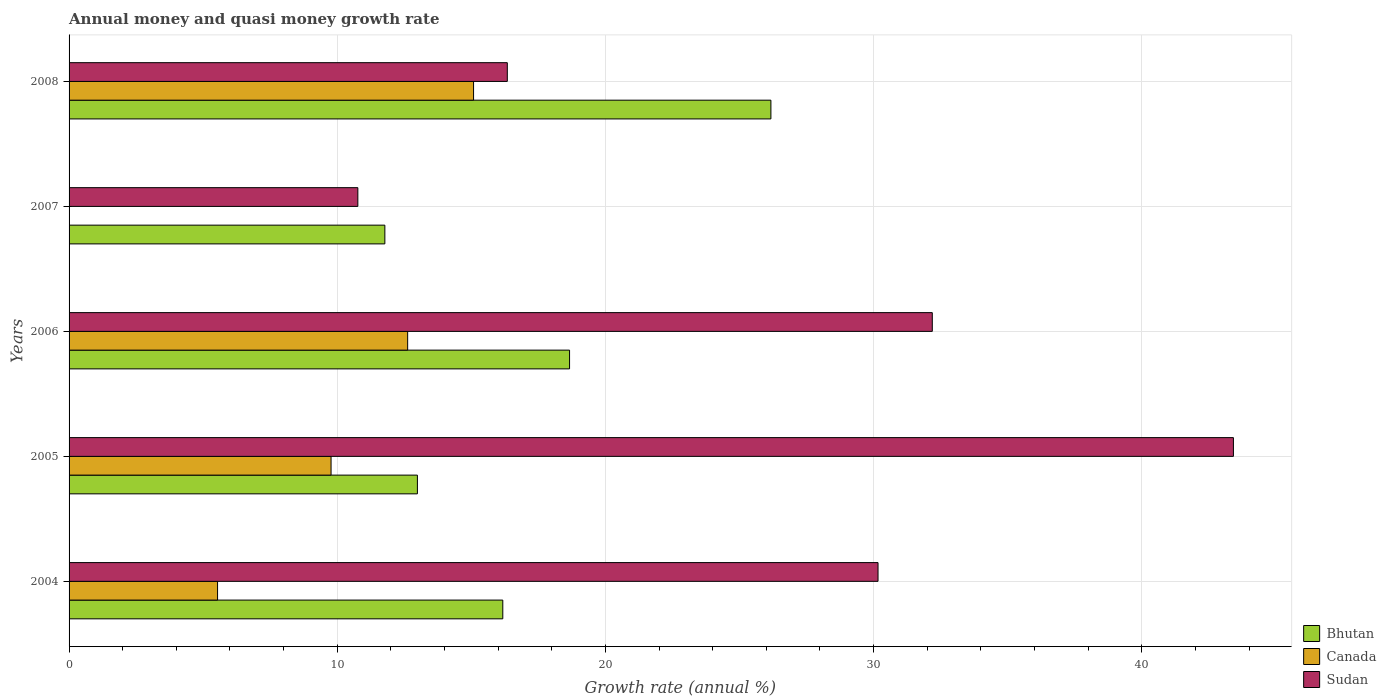
| Years | Bhutan | Canada | Sudan |
 | --- | --- | --- | --- |
 | 2004 | 16.2 | 5.54 | 30.2 |
 | 2005 | 13 | 9.77 | 43.4 |
 | 2006 | 18.7 | 12.6 | 32.2 |
 | 2007 | 11.8 | -25.3 | 10.8 |
 | 2008 | 26.2 | 15.1 | 16.3 |